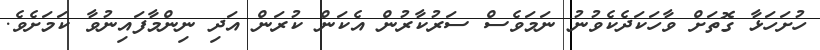
ހުށަހަޅާ ގޮތަށް ވާހަކަދެކެވުނު ނަމަވެސް ސަރުކާރުން އެކަން ކުރަން އަދި ނިންމާފައިނުވާ ކަމަށެވެ.